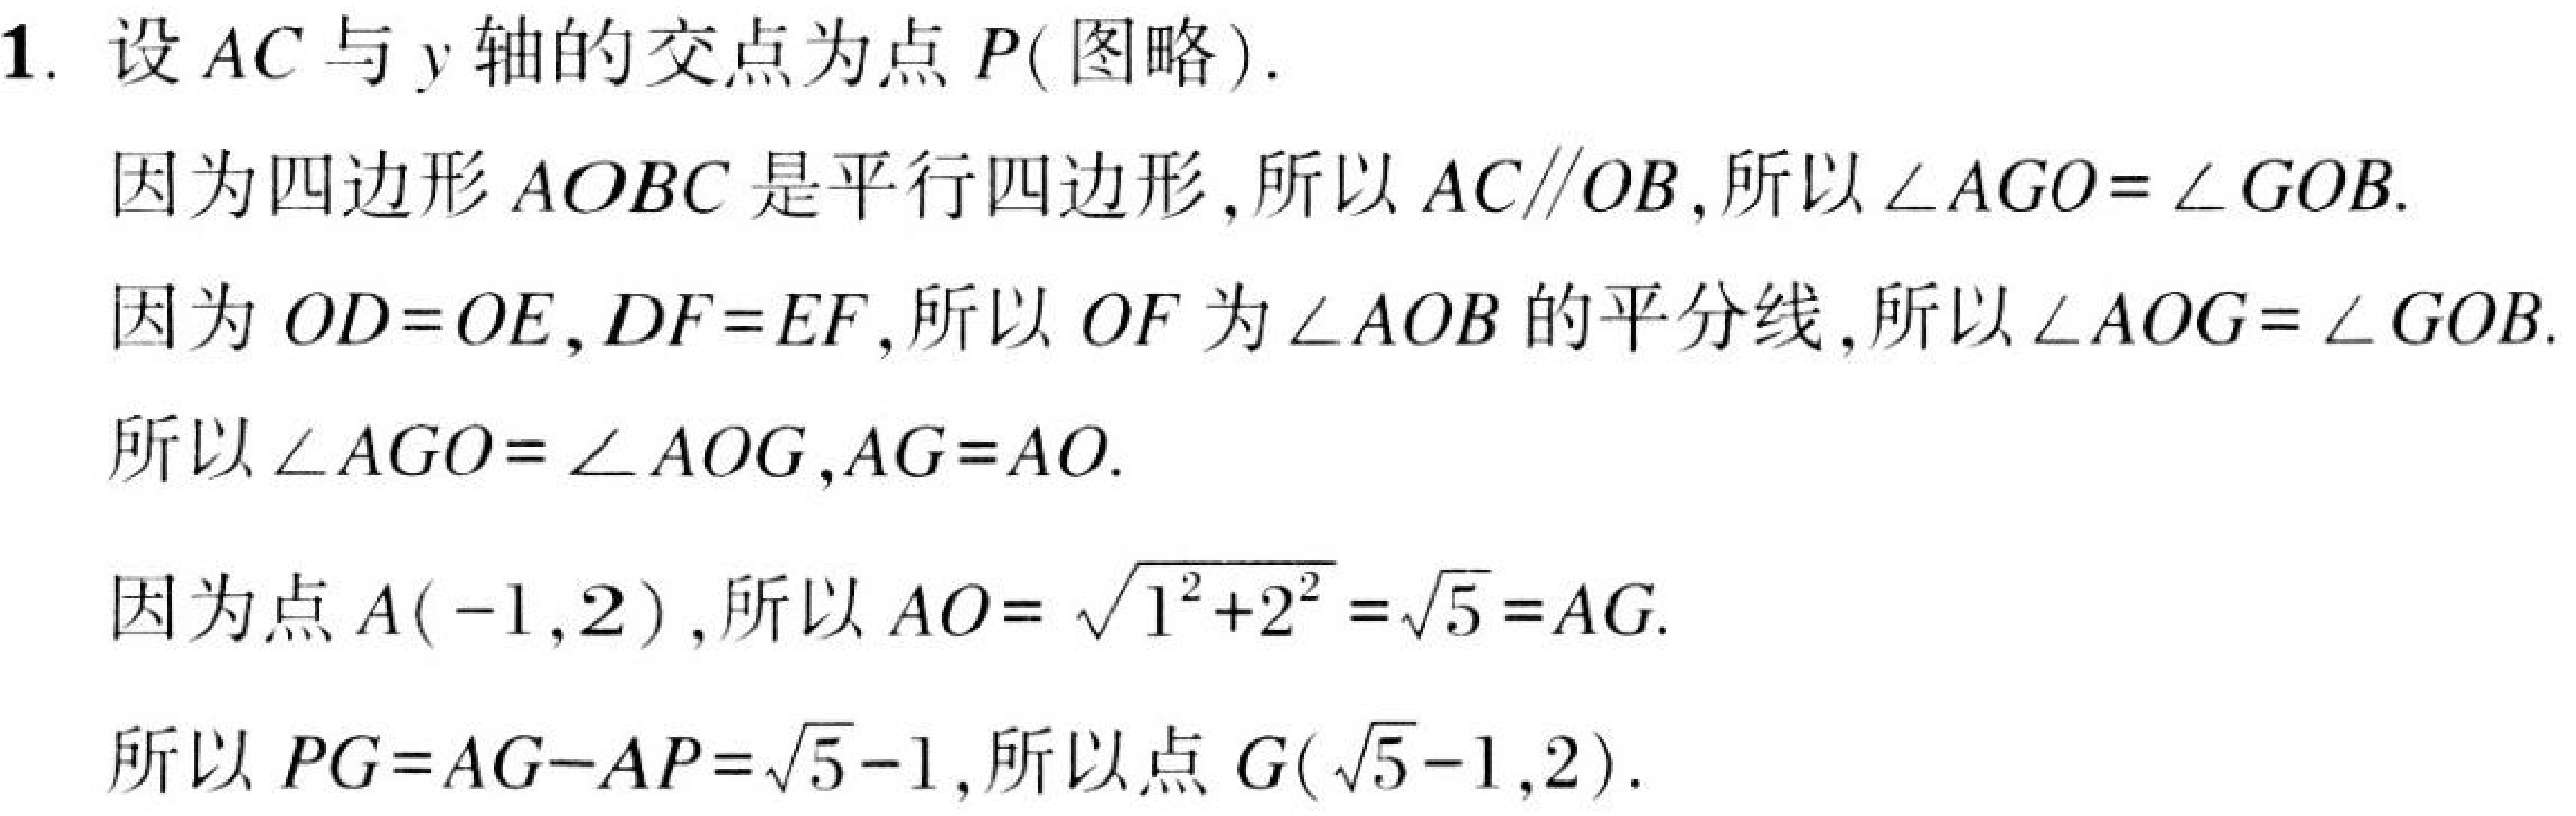
1. 设 \(AC\) 与 \(y\) 轴的交点为点 \(P(\)图略\()\).
因为四边形 \(AOBC\) 是平行四边形,所以 \(AC\parallel OB\),所以 \(\angle AGO = \angle GOB\).
因为 \(OD = OE\), \(DF = EF\),所以 \(OF\) 为 \(\angle AOB\) 的平分线,所以 \(\angle AOG = \angle GOB\).
所以 \(\angle AGO = \angle AOG\),\(AG = AO\).
因为点 \(A(-1,2)\),所以 \(AO = \sqrt{1^{2}+2^{2}}=\sqrt{5}=AG\).
所以 \(PG = AG - AP=\sqrt{5}-1\),所以点 \(G(\sqrt{5}-1,2)\).